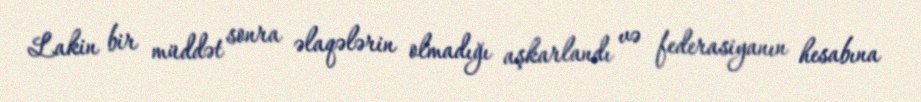
Lakin bir müddət sonra əlaqələrin olmadığı aşkarlandı və federasiyanın hesabına